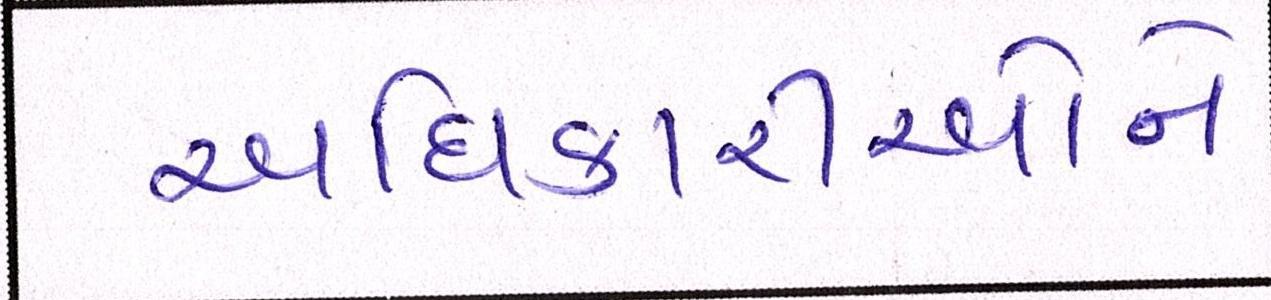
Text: અધિકારીઓને